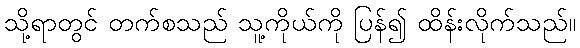
သို့ရာတွင် တက်စသည် သူ့ကိုယ်ကို ပြန်၍ ထိန်းလိုက်သည်။